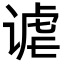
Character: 谑